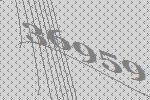
36959